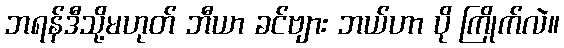
ဘရန်ဒီသို့မဟုတ် ဘီယာ ခင်ဗျား ဘယ်ဟာ ပို ကြိုက်လဲ။